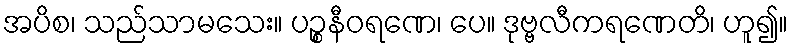
အပိစ၊ သည်သာမသေး။ ပဉ္စနီဝရဏေ၊ ပေ။ ဒုဗ္ဗလီကရဏေတိ၊ ဟူ၍။